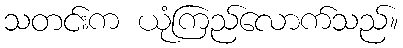
သတင်းက ယုံကြည်လောက်သည်။